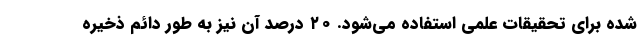
شده برای تحقیقات علمی استفاده می‌شود. ۲۰ درصد آن نیز به طور دائم ذخیره